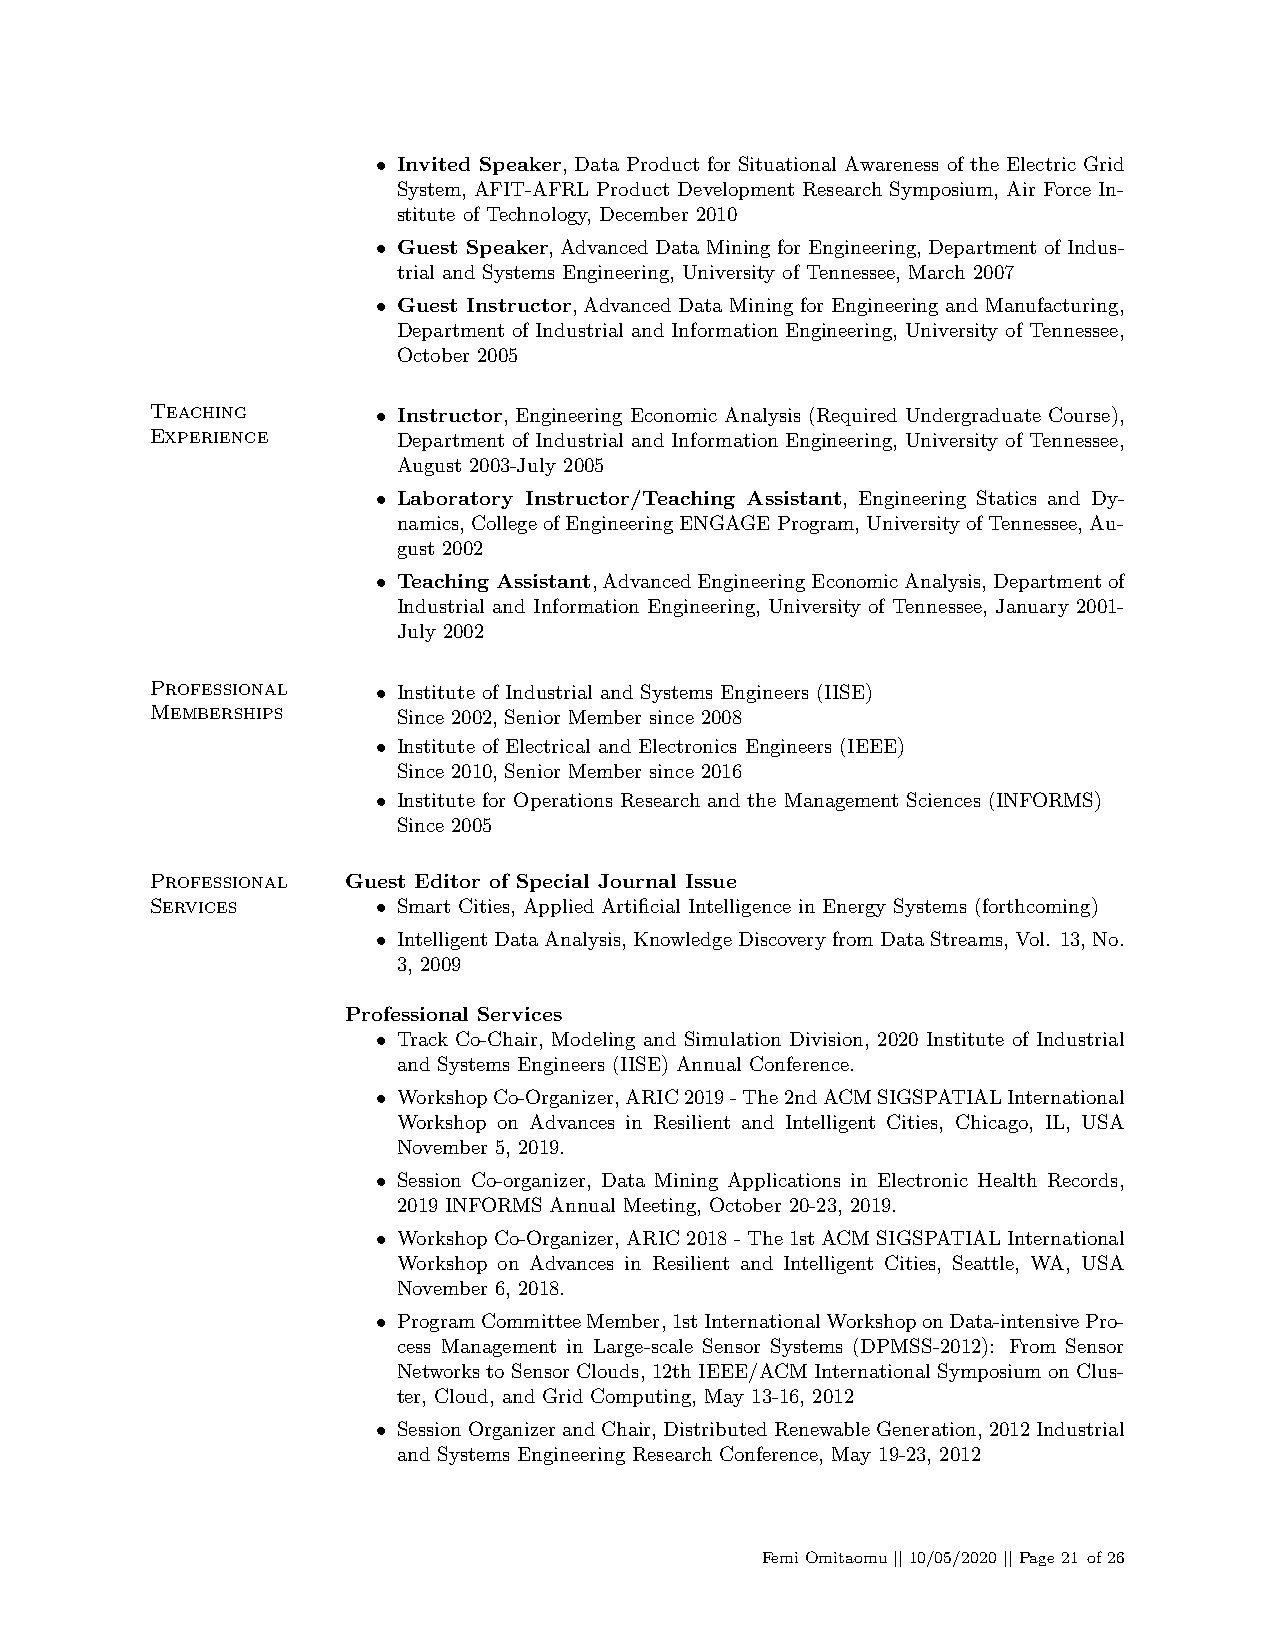
• Invited Speaker, Data Product for Situational Awareness of the Electric Grid
 System, AFIT-AFRL Product Development Research Symposium, Air Force In-
 stitute of Technology, December 2010
 • Guest Speaker, Advanced Data Mining for Engineering, Department of Indus-
 trial and Systems Engineering, University of Tennessee, March 2007
 • Guest Instructor, Advanced Data Mining for Engineering and Manufacturing,
 Department of Industrial and Information Engineering, University of Tennessee,
 October 2005
 Teaching
 • Instructor, Engineering Economic Analysis (Required Undergraduate Course),
 Experience
 Department of Industrial and Information Engineering, University of Tennessee,
 August 2003-July 2005
 • Laboratory Instructor/Teaching Assistant, Engineering Statics and Dy-
 namics,CollegeofEngineeringENGAGEProgram,UniversityofTennessee,Au-
 gust 2002
 • Teaching Assistant,AdvancedEngineeringEconomicAnalysis,Departmentof
 Industrial and Information Engineering, University of Tennessee, January 2001-
 July 2002
 Professional
 • Institute of Industrial and Systems Engineers (IISE)
 Memberships
 Since 2002, Senior Member since 2008
 • Institute of Electrical and Electronics Engineers (IEEE)
 Since 2010, Senior Member since 2016
 • Institute for Operations Research and the Management Sciences (INFORMS)
 Since 2005
 Professional Guest Editor of Special Journal Issue
 Services       • Smart Cities, Applied Artificial Intelligence in Energy Systems (forthcoming)
 • IntelligentDataAnalysis,KnowledgeDiscoveryfromDataStreams,Vol. 13,No.
 3, 2009
 Professional Services
 • Track Co-Chair, Modeling and Simulation Division, 2020 Institute of Industrial
 and Systems Engineers (IISE) Annual Conference.
 • WorkshopCo-Organizer,ARIC2019-The2ndACMSIGSPATIALInternational
 Workshop on Advances in Resilient and Intelligent Cities, Chicago, IL, USA
 November 5, 2019.
 • Session Co-organizer, Data Mining Applications in Electronic Health Records,
 2019 INFORMS Annual Meeting, October 20-23, 2019.
 • WorkshopCo-Organizer, ARIC2018-The1stACMSIGSPATIALInternational
 Workshop on Advances in Resilient and Intelligent Cities, Seattle, WA, USA
 November 6, 2018.
 • ProgramCommitteeMember,1stInternationalWorkshoponData-intensivePro-
 cess Management in Large-scale Sensor Systems (DPMSS-2012): From Sensor
 Networks to Sensor Clouds, 12th IEEE/ACM International Symposium on Clus-
 ter, Cloud, and Grid Computing, May 13-16, 2012
 • SessionOrganizerandChair,DistributedRenewableGeneration,2012Industrial
 and Systems Engineering Research Conference, May 19-23, 2012
 FemiOmitaomu||10/05/2020||Page21 of26